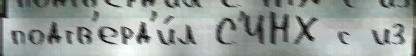
подтв'ерд'и́л С'ИНХ с из